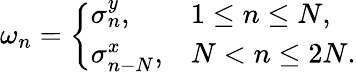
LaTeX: \begin{array}{r}{\omega_{n}=\left\{ \begin{array}{ll}{\sigma_{n}^{y},}&{1\le n\le N,}\\ {\sigma_{n-N}^{x},}&{N<n\le 2N.}\end{array}\right.}\end{array}